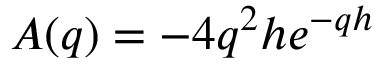
A ( q ) = - 4 q ^ { 2 } h e ^ { - q h }